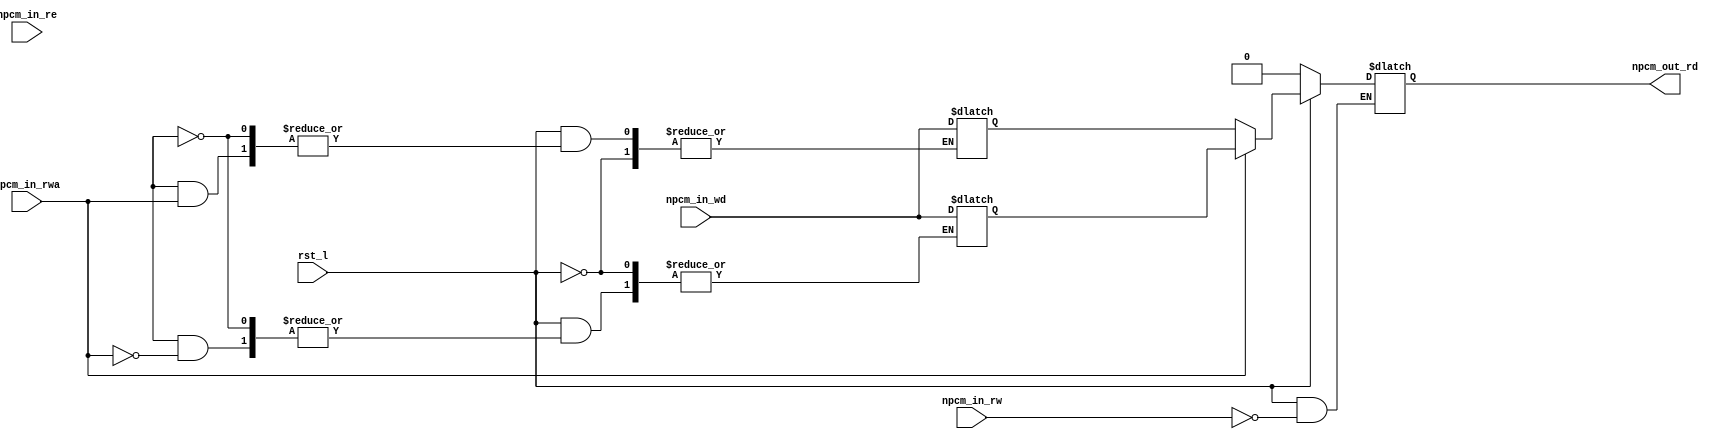
module IC_Ram(
    input rst_l,
   input  wire npcm_in_rwa,
	input  wire npcm_in_wd,
	input  wire npcm_in_re,
	input wire npcm_in_rw,
	output wire npcm_out_rd
    );
    //ʱиλźŵRAM,д˫˿ڴ洢
    
//ڵݴ洢 
parameter DM_len=150;
reg [31:0]DM_Mem[ DM_len:0];//洢

always @(* )//дݴ洢
    begin
        if(!rst_l)//λźЧʱ
        ; 
        else   
            begin 
                if(npcm_in_we)//λźЧʱдָ
                    DM_Mem[npcm_in_rwa]<= npcm_in_wd;
             end
    end
    
    always@(*)//
            begin
                 if(!rst_l)//λźЧʱ
                        npcm_out_rd=32'h0000_0000; 
                 else//дָ
                 if(npcm_in_rw)
                         npcm_out_rd <= DM_Mem[npcm_in_rwa];
//                 $display("ݴ洢 ڶд 洢ԪֵDM[80]=%h,DM[81]=%h,DM[82]=%h,DM[83]=%h,DM[84]=%h,DM[85]=%h,DM[86]=%h,DM_Mem[87]=%h"
//                 ,DM_Mem[8'h80],DM_Mem[8'h81],DM_Mem[8'h82],DM_Mem[8'h83],DM_Mem[8'h84],DM_Mem[8'h85],DM_Mem[8'h86],DM_Mem[8'h87]);
             end
endmodule